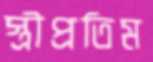
স্ত্রীপ্রতিম